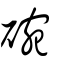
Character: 碗